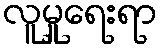
လူမှုရေးရာ